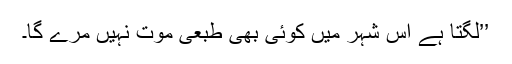
’’لگتا ہے اس شہر میں کوئی بھی طبعی موت نہیں مرے گا۔